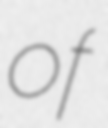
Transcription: of